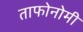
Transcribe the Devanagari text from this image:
ताफोनोमी